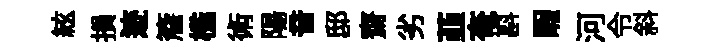
絃損迹簷槛術陽音邸齋劣韮奄斟睱河令斜